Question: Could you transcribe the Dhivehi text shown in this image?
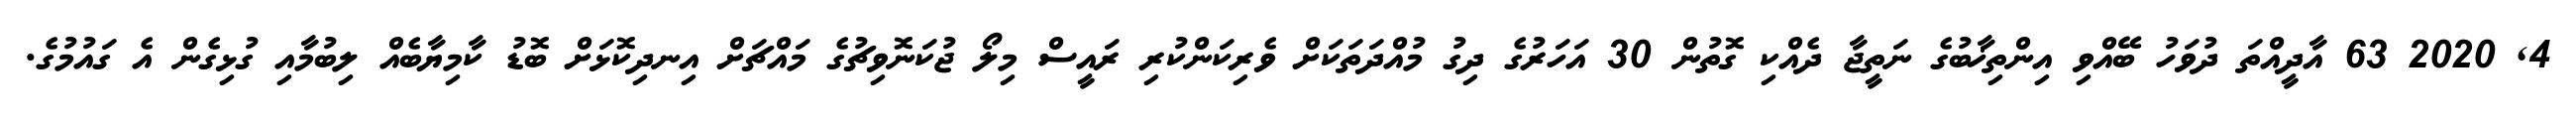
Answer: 4, 2020 63 އާދީއްތަ ދުވަހު ބޭއްވި އިންތިޚާބުގެ ނަތީޖާ ދެއްކި ގޮތުން 30 އަހަރުގެ ދިގު މުއްދަތަކަށް ވެރިކަންކުރި ރައީސް މިލޯ ޖުކަނޮވިޗުގެ މައްޗަށް އިނދިކޮޅަށް ބޮޑު ކާމިޔާބެއް ލިބުމާއި ގުޅިގެން އެ ގައުމުގެ.